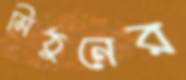
মিঠুনের